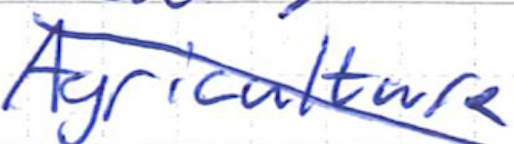
Text: Agriculture
Cross-out: mix
Writing tool: ballpoint